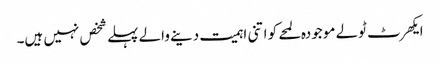
ایکھرٹ ٹولے موجودہ لمحے کو اتنی اہمیت دینے والے پہلے شخص نہیں ہیں۔